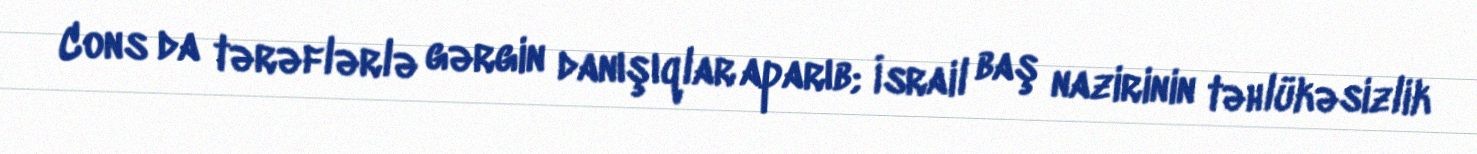
Cons da tərəflərlə gərgin danışıqlar aparıb; İsrail baş nazirinin təhlükəsizlik